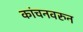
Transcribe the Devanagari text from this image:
कांचनवरुन